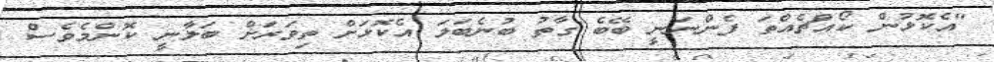
"އެކޮޅުން ކޯއްޗެއްތަ ފެންނަނީ ބޭބެ ގާތު ބުނެބަލަ އެކޮޅަށް ތިވަރަށް ބަލާނީ ކޮންމެވެސް